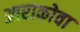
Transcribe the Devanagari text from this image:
आराकोवा